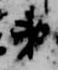
第